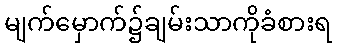
မျက်မှောက်၌ချမ်းသာကိုခံစားရ